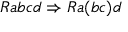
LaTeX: R a b c d \Rightarrow R a ( b c ) d